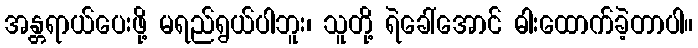
အန္တရာယ်ပေးဖို့ မရည်ရွယ်ပါဘူး၊ သူတို့ ရဲခေါ်အောင် ဓါးထောက်ခဲ့တာပါ။